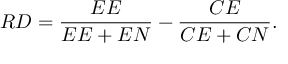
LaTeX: R D = { \frac { E E } { E E + E N } } - { \frac { C E } { C E + C N } } .